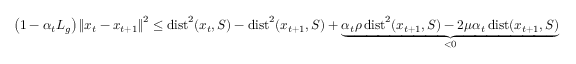
\begin{array} { r l } & { \left( 1 - \alpha _ { t } L _ { g } \right) \left\Vert x _ { t } - x _ { t + 1 } \right\Vert ^ { 2 } \leq \operatorname { d i s t } ^ { 2 } ( x _ { t } , S ) - \operatorname { d i s t } ^ { 2 } ( x _ { t + 1 } , S ) + \underbrace { \alpha _ { t } \rho \operatorname { d i s t } ^ { 2 } ( x _ { t + 1 } , S ) - 2 \mu \alpha _ { t } \operatorname { d i s t } ( x _ { t + 1 } , S ) } _ { < 0 } } \end{array}